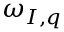
\omega _ { I , q }